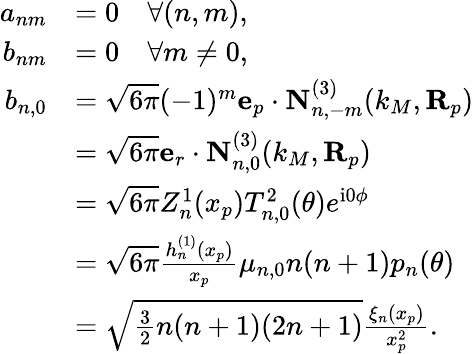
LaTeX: \begin{array}{rl}{a_{nm}}&{=0\quad\forall(n,m),}\\ {b_{nm}}&{=0\quad\forall m\neq 0,}\\ {b_{n,0}}&{=\sqrt{6\pi}(-1)^{m}\mathbf{e}_{p}\cdot\mathbf{N}_{n,-m}^{(3)}(k_{M},\mathbf{R}_{p})}\\ &{=\sqrt{6\pi}\mathbf{e}_{r}\cdot\mathbf{N}_{n,0}^{(3)}(k_{M},\mathbf{R}_{p})}\\ &{=\sqrt{6\pi}Z_{n}^{1}(x_{p})T_{n,0}^{2}(\theta)e^{\mathrm{i}0\phi}}\\ &{=\sqrt{6\pi}\frac{h_{n}^{(1)}(x_{p})}{x_{p}}\mu_{n,0}n(n+1)p_{n}(\theta)}\\ &{=\sqrt{\frac{3}{2}n(n+1)(2n+1)}\frac{\xi_{n}(x_{p})}{x_{p}^{2}}.}\end{array}